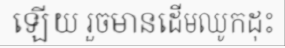
ឡើយ រួចមានដើមឈូកដុះ